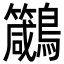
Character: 𪈁